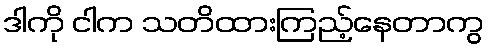
ဒါကို ငါက သတိထားကြည့်နေတာကွ